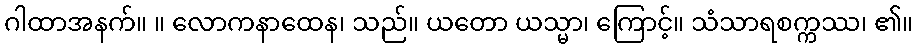
ဂါထာအနက်။ ။ လောကနာထေန၊ သည်။ ယတော ယသ္မာ၊ ကြောင့်။ သံသာရစက္ကဿ၊ ၏။